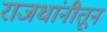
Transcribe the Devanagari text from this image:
राजधांनीतून